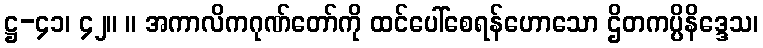
ဋ္ဌ-၄၁၊ ၄၂။ ။ အကာလိကဂုဏ်တော်ကို ထင်ပေါ်စေရန်ဟောသော ဌိတကပ္ပိနိဒ္ဒေသ၊